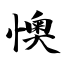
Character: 懊